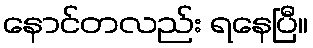
နောင်တလည်း ရနေပြီ။